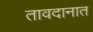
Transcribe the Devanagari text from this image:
तावदानात